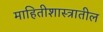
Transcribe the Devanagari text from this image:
माहितीशास्त्रातील